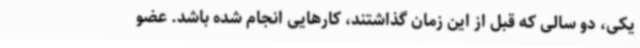
یکی، دو سالی که قبل از این زمان گذاشتند، کارهایی انجام شده باشد. عضو